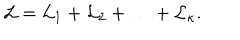
{ \cal L } = { \cal L } _ { 1 } + { \cal L } _ { 2 } + \ldots + { \cal L } _ { \kappa } .